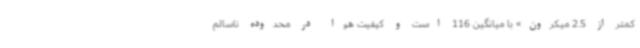
کمتر از 2.5 میکرون» با میانگین 116 است‌ و کیفیت هوا در محدوده ناسالم